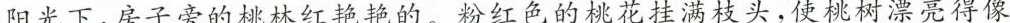
阳光下，房子旁的桃林红艳艳的。粉红色的桃花挂满枝头，使桃树漂亮得像